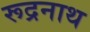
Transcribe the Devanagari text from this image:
रूद्रनाथ